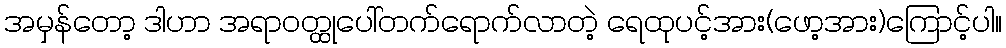
အမှန်တော့ ဒါဟာ အရာဝတ္ထုပေါ်တက်ရောက်လာတဲ့ ရေထုပင့်အား(ဖော့အား)ကြောင့်ပါ။